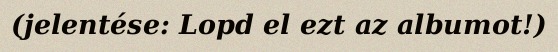
(jelentése: Lopd el ezt az albumot!)